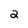
Character: 2